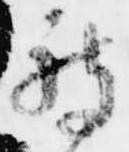
被